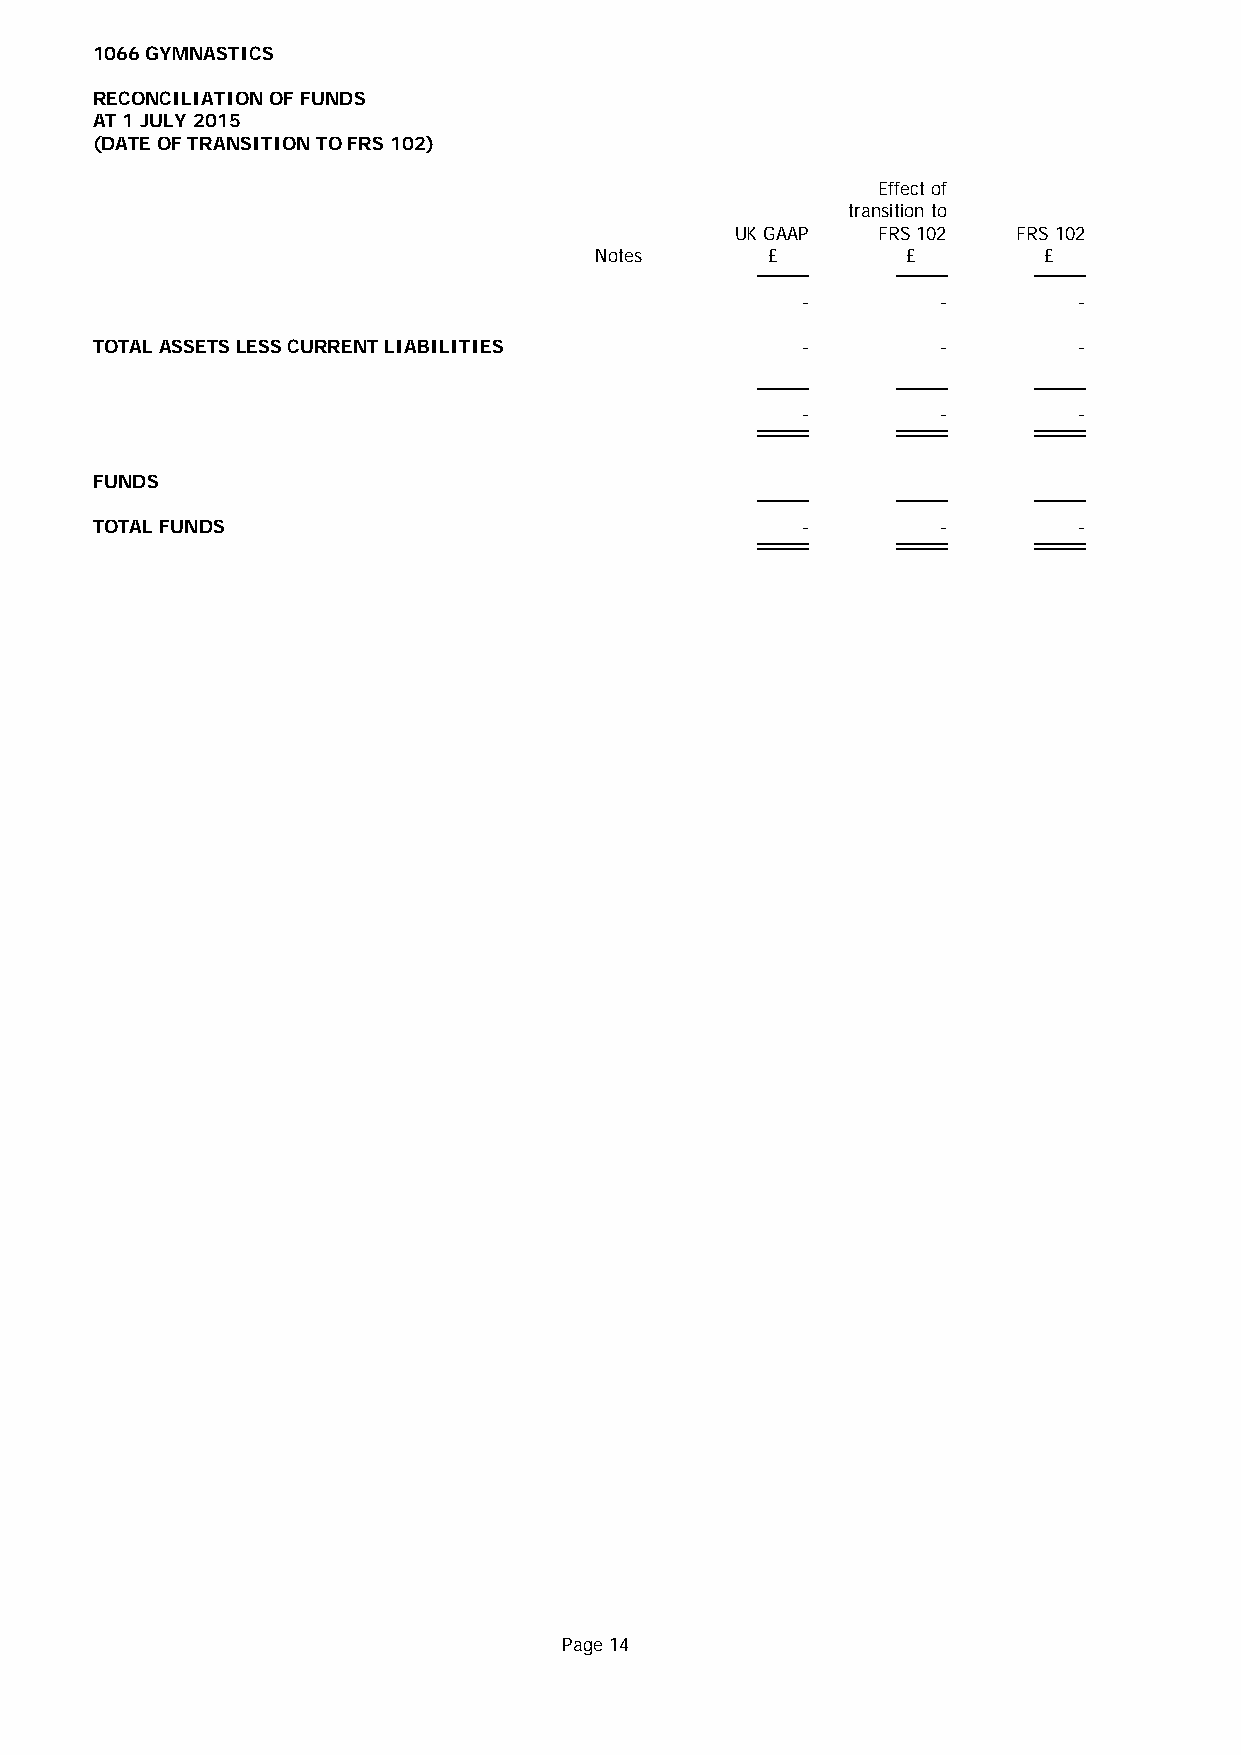
1066 GYMNASTICS
 RECONCILIATION OF FUNDS
 AT 1 JULY 2015
 (DATE OF TRANSITION TO FRS 102)
 Effect of
 transition to
 UK GAAP  FRS 102  FRS 102
 Notes       £        £        £
 -        -        -
 TOTAL ASSETS LESS CURRENT LIABILITIES          -        -        -
 -        -        -
 FUNDS
 TOTAL FUNDS                                    -        -        -
 Page 14